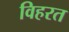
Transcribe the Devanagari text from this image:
विहरत